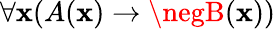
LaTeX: \forall\mathbf{x}(A(\mathbf{x})\rightarrow\negB(\mathbf{x}))